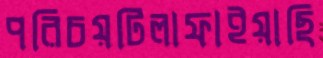
পরিচয়টিলাফাইয়াছি